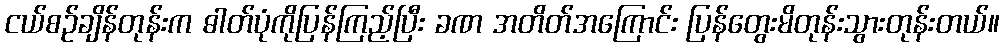
ငယ်စဉ်ချိန်တုန်းက ဓါတ်ပုံကိုပြန်ကြည့်ပြီး ခဏ အတိတ်အကြောင်း ပြန်တွေးမိတုန်းသွားတုန်းတယ်။